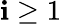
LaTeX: \mathbf{i}\geq1